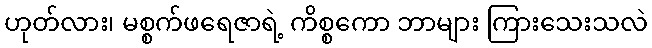
ဟုတ်လား၊ မစ္စက်ဖရေဇာရဲ့ ကိစ္စကော ဘာများ ကြားသေးသလဲ